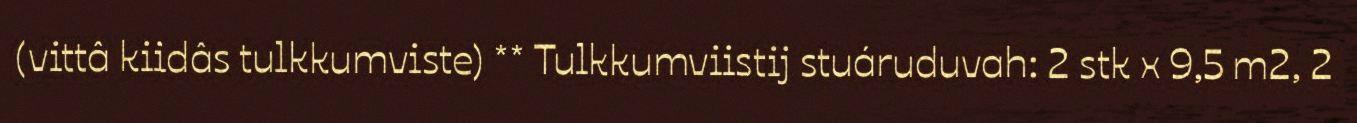
(vittâ kiidâs tulkkumviste) ** Tulkkumviistij stuáruduvah: 2 stk x 9,5 m2, 2